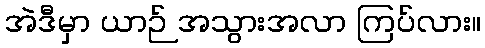
အဲဒီမှာ ယာဉ် အသွားအလာ ကြပ်လား။